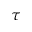
\tau